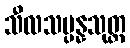
သီလသမ္ပန္နသုတ္တ